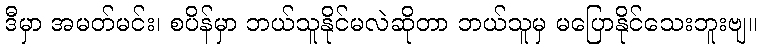
ဒီမှာ အမတ်မင်း၊ စပိန်မှာ ဘယ်သူနိုင်မလဲဆိုတာ ဘယ်သူမှ မပြောနိုင်သေးဘူးဗျ။